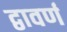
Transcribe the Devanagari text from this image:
द्वावर्ण